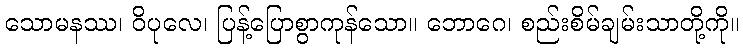
သောမနဿ၊ ဝိပုလေ၊ ပြန့်ပြောစွာကုန်သော။ ဘောဂေ၊ စည်းစိမ်ချမ်းသာတို့ကို။